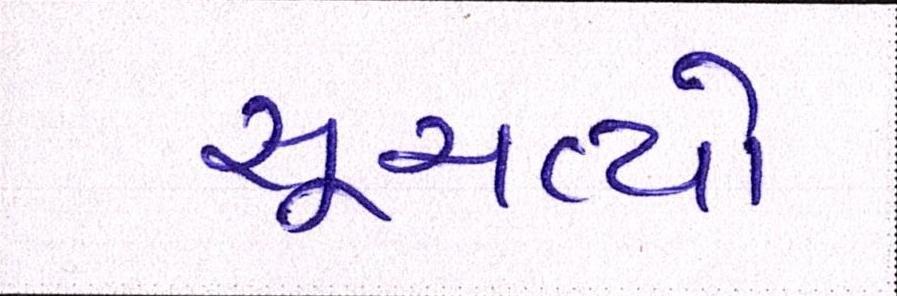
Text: સૂચવ્યો